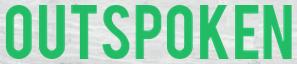
OUTSPOKEN